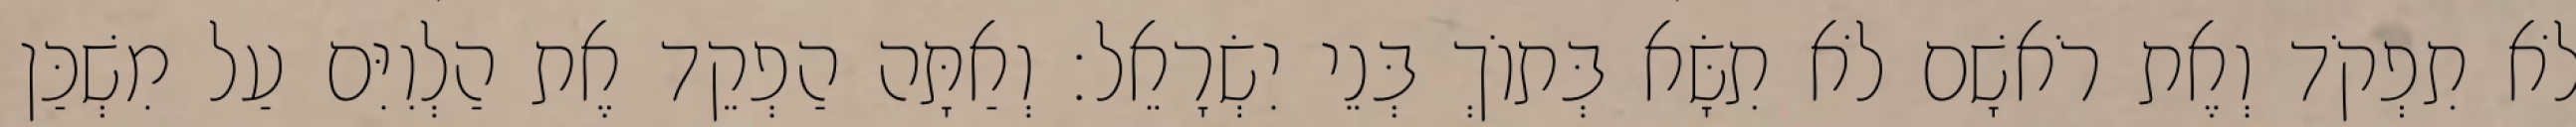
לֹא תִפְקֹד וְאֶת רֹאשָׁם לֹא תִשָּׂא בְּתוֹךְ בְּנֵי יִשְׂרָאֵל׃ וְאַתָּה הַפְקֵד אֶת הַלְוִיִּם עַל מִשְׁכַּן